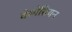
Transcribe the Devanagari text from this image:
वेस्पेसियन